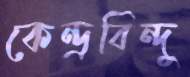
কেন্দ্রবিন্দু